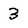
Character: 3